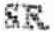
SR